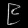
Digit: ၉